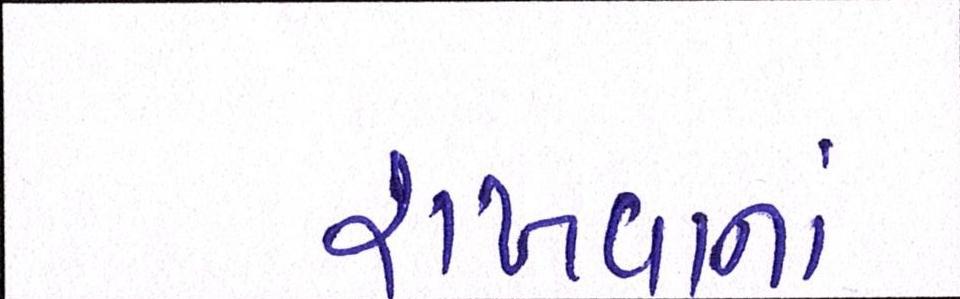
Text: રાખવાનાં